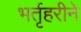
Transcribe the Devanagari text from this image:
भर्तृहरीने